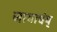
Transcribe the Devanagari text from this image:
जायाचंय्‌